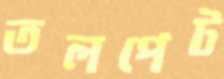
তলপেট